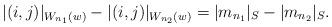
LaTeX: \begin{align*}\lvert (i,j)\rvert_{W_{n_1}(w)}-\lvert (i,j)\rvert_{W_{n_2}(w)}=\lvert m_{n_1} \rvert_S-\lvert m_{n_2} \rvert_S.\end{align*}